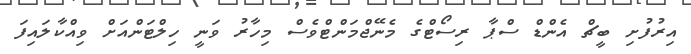
އިރުފުށި ބީޗް އެންޑް ސްޕާ ރިސޯޓްގެ މެނޭޖްމަންޓްވެސް މިހާރު ވަނީ ހިލްޓަންއަށް ވިއްކާލައިފަ